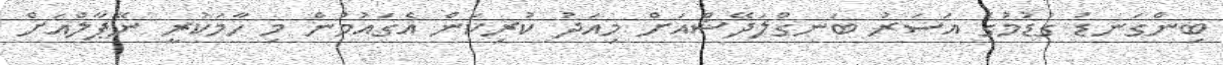
ބިންގަނޑު ގުޑުމުގެ އަސަރު ބަނގްލަދޭޝްއަށް މިއަދު ކުރިކަން އެގައުމުން މި ހާމަކުރީ ނޭޕާލްއަށް